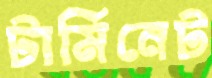
টার্মিনেট